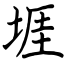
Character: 堐